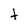
Character: t